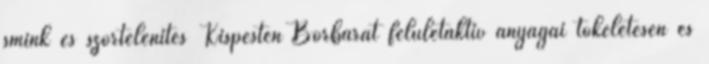
smink és szőrtelenítés Kispesten Bőrbarát felületaktív anyagai tökéletesen és